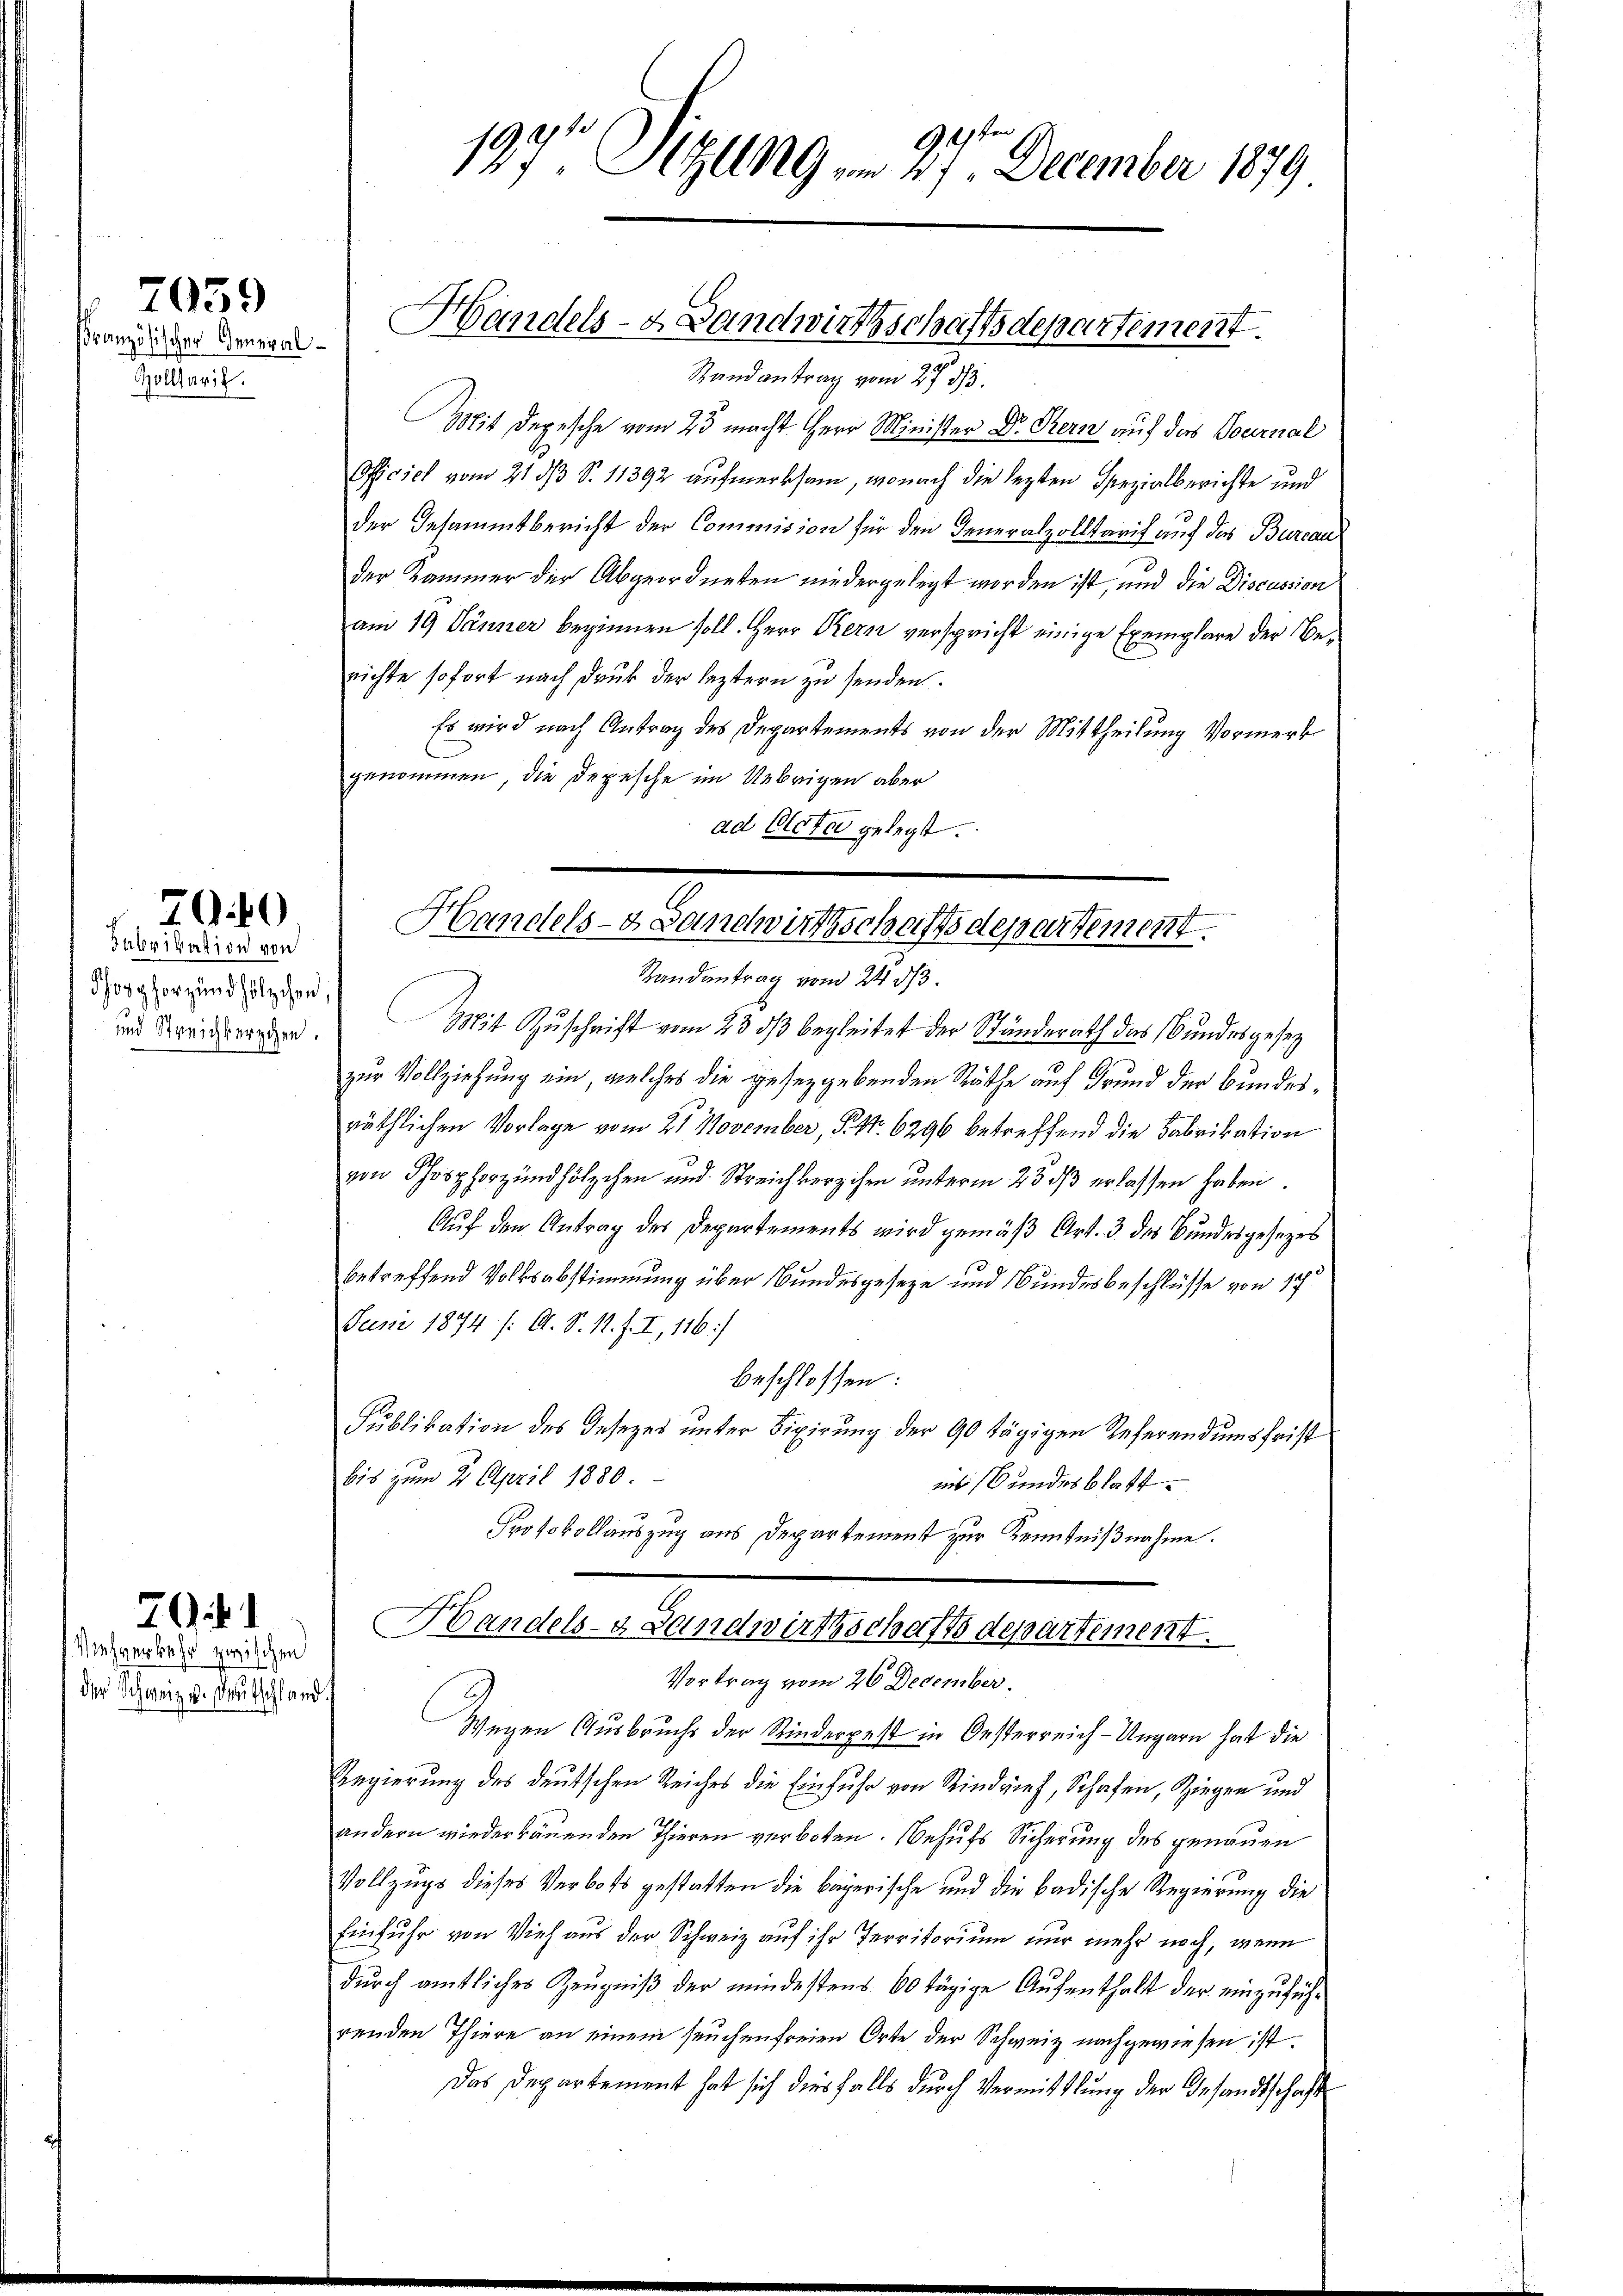
Französischer General¬
Zollterit.

7059

Fabrikation von
Phosphorz und hölzchen:
und Streichberechen.

700

7Gif. 1

Viehverkehr zwischen
der Schweiz u. Deutschland.

121ten
197 Sitzung am 27. December 1879

Handels- & Landwirthschaftsdepartement.

Randantrag vom 27. ds.
Mit Depesche vom 25 macht Herr Minister Dr. Bern auf das Tournal
Officiel vom 21 d S. 11392 aufmerksam, wonach die lezten Spezialberichte und
der Gesammtbericht der Commision für den Generalzolltarif auf das Burcau
der Kammer der Abgeordneten niedergelegt worden ist, und die Discussion
am 19 Jänner beginnen soll. Herr Kern verspricht einige Exemplare der Berichte sofort nach Druk der leztern zu senden.
Es wird nach Antrag des Departements von der Mittheilung Vormerk
genommen, die Depesche im Uebrigen aber
ad Acta gelegt.

Handels- Landwirtschaftsdepartement.
Randantrag vom 24. ds.

Mit Zuschrift vom 23. ds begleitet der Ständerath das Bundesgesetz
zur Vollziehung ein, welches die geseggebenden Räthe auf Grund der Bundesräthlichen Vorlage vom 21 November, Pkt. 6296 betreffend die Fabrikation
von Phosphorzundhölzchen und Streichberzchen unterm 23. ds erlassen haben
Auf den Antrag des Departements wird gemäß Art. 3 des Bundesgesezes
betreffend Volksabstimmung über Bundesgeseze und Bundesbeschlüsse von 17
Juni 1874 /: A. S. 11. f. I, 116:/
beschlossen:
Publikation des Gesezes unter Fixirung der 90 tägigen Referendumsfrist
bis zum 21. April 1880.
ins Bundesblatt.
Protokollauszug aus Departement zur Kenntnißnahme.
Handels- & Landwirthschaftsdepartement.
Vortrag vom 26 December.
Wegen Ausbrucht der Kinderpest in Oesterreich-Ungarn hat die
Regierung des deutschen Reiches die Einfuhr von Rindvieh, Schafen, Siegen und
andern wiederbauenden Thieren verboten. Behufs Sicherung des genauen
Vollzugs dieses Verbots gestatten die bayerische und die badische Regierung die
Einfuhr von Vieh aus der Schweiz auf ihr Territorium nur mehr noch, wenn
durch amtliches Zeugniß der mindestens 60 tägige Aufenthalt der einzuführenden Thiere an einem seuchenfreien Orte der Schweiz nachgewiesen ist.
Das Departement hat sich diesfalls durch Vermittlung der Gesandtschaft